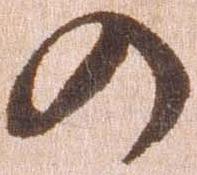
の